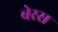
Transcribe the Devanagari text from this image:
बेरस